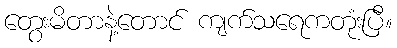
တွေးမိတာနဲ့တောင် ကျက်သရေကတုံးပြီ။